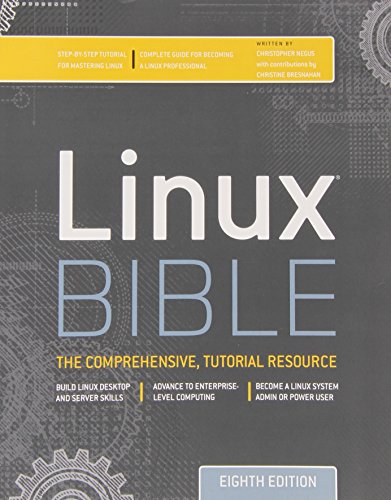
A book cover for Linux Bible; Christopher Negus; Computers & Technology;